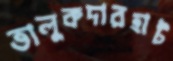
তালুকদারহাট